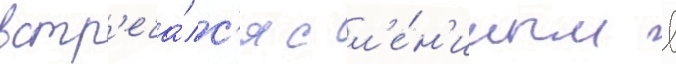
встр'еча́лс'я с л'е́н'иным в